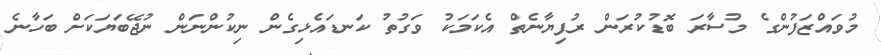
މުވައްޒަފުންގެ މުސާރަ ބޮޑުކުރަން ރުފިޔާނެތް އެކަމަކު ވަގުތު ކަނޑައެޅިގެން ނިކުންނަން ނުޖޭބަޔަކަށް ބަހާނެ